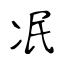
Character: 冺